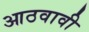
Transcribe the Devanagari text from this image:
आठवावी